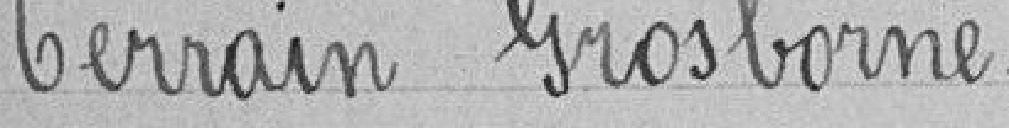
Terrain Grosborne